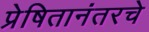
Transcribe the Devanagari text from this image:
प्रेषितानंतरचे